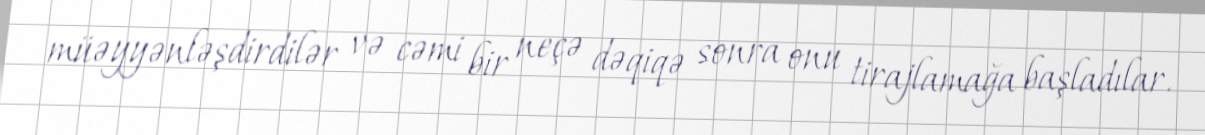
müəyyənləşdirdilər və cəmi bir neçə dəqiqə sonra onu tirajlamağa başladılar.